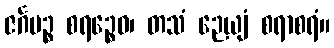
ဇင်္ဂမဉ္စ စရဉ္စေဝ၊ တသံ ဉေယျံ စရာစရံ။